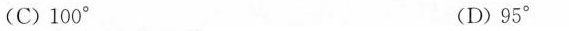
(C)100° (D)95°